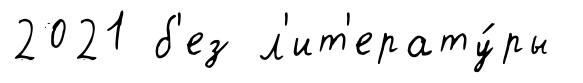
2021 б'ез л'ит'ерату́ры